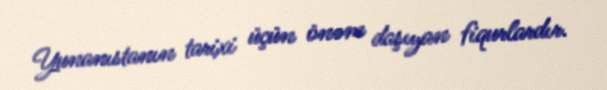
Yunanıstanın tarixi üçün önəm daşıyan fiqurlardır.